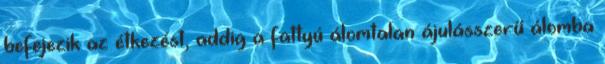
befejezik az étkezést, addig a fattyú álomtalan ájulásszerű álomba